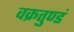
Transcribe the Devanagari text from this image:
वक्रतुण्डं